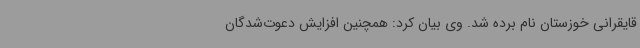
قایقرانی خوزستان نام برده شد. وی بیان کرد: ‌همچنین افزایش دعوت‌شدگان